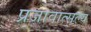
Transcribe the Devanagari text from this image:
प्रजावात्सल्य